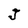
Character: J